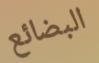
البضائع